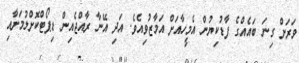
ވަރަށް ގިނަ ބައެއްގެ ފާޑުކިޔުން އެމީހާއަށް އަމާޒުވިއެވެ. އަދި އޭނާ ރާއްޖެއިން ޑިޕޯޓްކޮށްލުމަށާއި